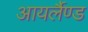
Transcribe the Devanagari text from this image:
आयर्लैण्ड